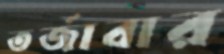
তর্জাবার